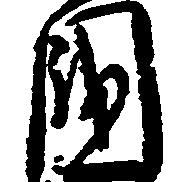
国